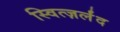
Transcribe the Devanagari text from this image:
स्वित्ज़र्लंद